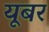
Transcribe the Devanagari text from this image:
यूबर